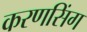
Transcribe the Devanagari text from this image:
करणसिंग